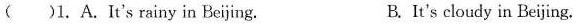
( )1.A.It's rainy in Beijing. B.It's cloudy in Beijing.